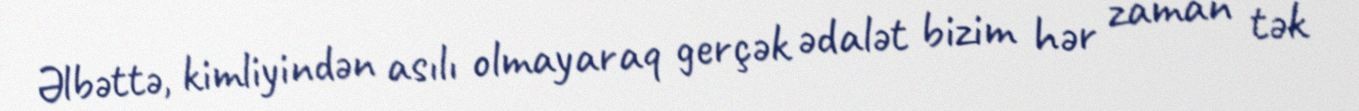
Əlbəttə, kimliyindən asılı olmayaraq gerçək ədalət bizim hər zaman tək